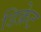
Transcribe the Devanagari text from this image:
डिक्रेट